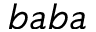
b a b a